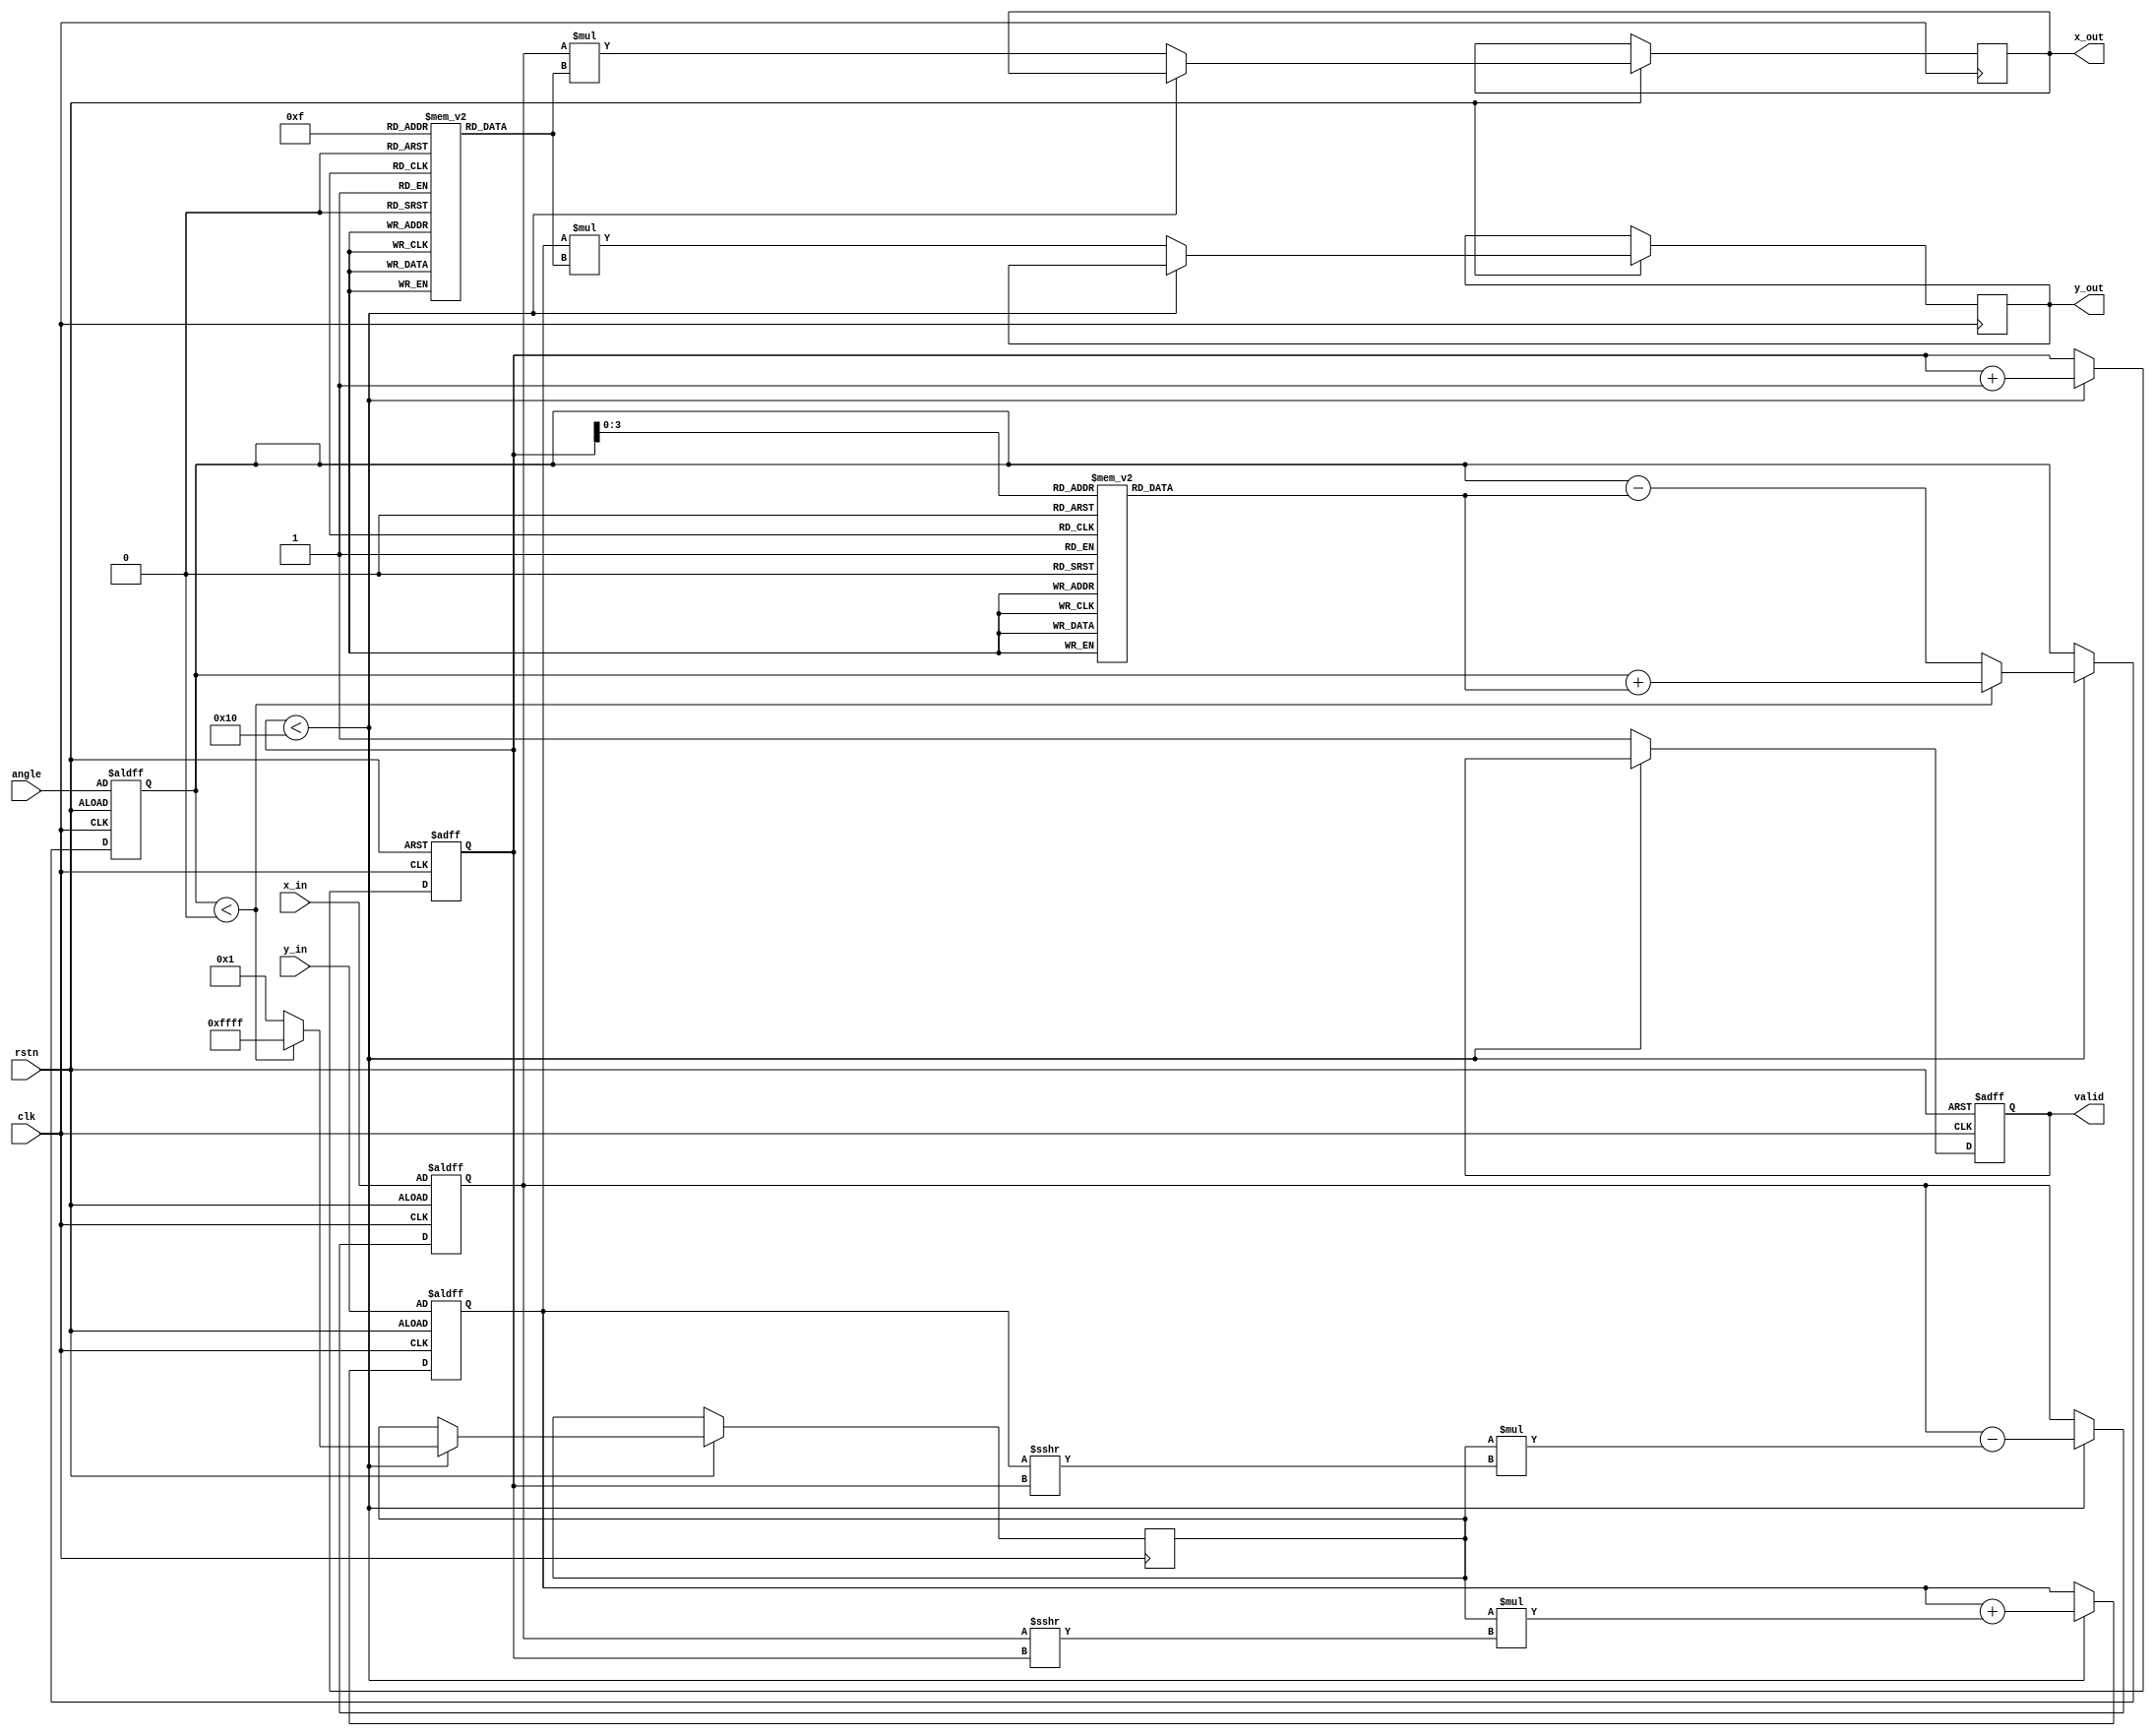
module cordic #(
    parameter DATA_WIDTH = 16,        // Width of the input/output data
    parameter ITERATIONS = 16         // Number of CORDIC iterations
)(
    input wire clk,                   // Clock signal
    input wire rstn,                  // Active low reset
    input wire [DATA_WIDTH-1:0] angle, // Input angle in fixed-point format
    input wire [DATA_WIDTH-1:0] x_in,  // Initial x vector
    input wire [DATA_WIDTH-1:0] y_in,  // Initial y vector
    output reg [DATA_WIDTH-1:0] x_out, // Output x (cosine)
    output reg [DATA_WIDTH-1:0] y_out, // Output y (sine)
    output reg valid                   // Output valid signal
);

    // Lookup tables for angles (arctan values) and scaling factors
    reg [DATA_WIDTH-1:0] angle_lut [0:ITERATIONS-1];
    reg [DATA_WIDTH-1:0] scale_lut [0:ITERATIONS-1];
    
    // Internal registers
    reg [DATA_WIDTH-1:0] x_reg, y_reg;
    reg [DATA_WIDTH-1:0] angle_reg;
    reg [ITERATIONS-1:0] iteration;
    reg signed [DATA_WIDTH-1:0] d; // Direction of rotation

    // Initialize Lookup Tables
    initial begin
        // Populate angle LUT (arctan values)
        angle_lut[0] = 16'h2000; // atan(1/2^0)
        angle_lut[1] = 16'h1000; // atan(1/2^1)
        angle_lut[2] = 16'h0800; // atan(1/2^2)
        angle_lut[3] = 16'h0400; // atan(1/2^3)
        // ... continue filling for all iterations

        // Populate scale LUT (scaling factors)
        scale_lut[0] = 16'h26DD; // Scaling factor for 0th iteration
        scale_lut[1] = 16'h1DAC; // Scaling factor for 1st iteration
        scale_lut[2] = 16'h0DAC; // Scaling factor for 2nd iteration
        scale_lut[3] = 16'h03D0; // Scaling factor for 3rd iteration
        // ... continue filling for all iterations
    end

    // CORDIC iteration logic
    always @(posedge clk or negedge rstn) begin
        if (!rstn) begin
            x_reg <= x_in;
            y_reg <= y_in;
            angle_reg <= angle;
            iteration <= 0;
            valid <= 0;
        end else if (iteration < ITERATIONS) begin
            // Determine direction of rotation
            if (angle_reg < 0) begin
                d <= -1; // Rotate clockwise
                angle_reg <= angle_reg + angle_lut[iteration];
            end else begin
                d <= 1; // Rotate counter-clockwise
                angle_reg <= angle_reg - angle_lut[iteration];
            end

            // Update x and y using CORDIC equations
            x_reg <= x_reg - (d * (y_reg >>> iteration));
            y_reg <= y_reg + (d * (x_reg >>> iteration));
            
            // Increment iteration counter
            iteration <= iteration + 1;
        end else begin
            // Finalize output after iterations are complete
            x_out <= x_reg * scale_lut[ITERATIONS-1]; // Scale the output
            y_out <= y_reg * scale_lut[ITERATIONS-1]; // Scale the output
            valid <= 1; // Indicate valid output
        end
    end

endmodule